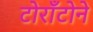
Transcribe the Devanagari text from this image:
टोराँटोने